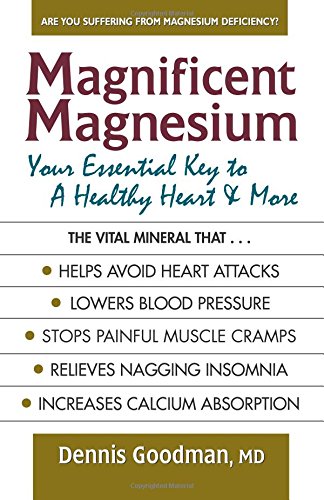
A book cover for Magnificent Magnesium: Your Essential Key to a Healthy Heart & More; Dennis Goodman MD; Medical Books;